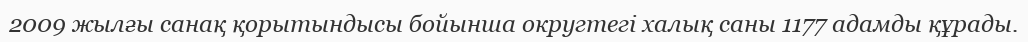
2009 жылғы санақ қорытындысы бойынша округтегі халық саны 1177 адамды құрады.